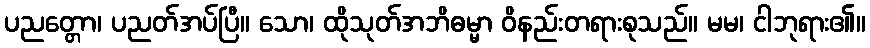
ပညတ္တော၊ ပညတ်အပ်ပြီ။ သော၊ ထိုသုတ်အဘိဓမ္မာ ဝိနည်းတရားစုသည်။ မမ၊ ငါဘုရား၏။